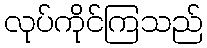
လုပ်ကိုင်ကြသည်